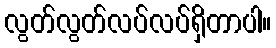
လွတ်လွတ်လပ်လပ်ရှိတာပါ။